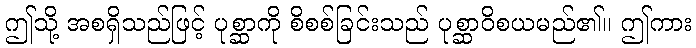
ဤသို့ အစရှိသည်ဖြင့် ပုစ္ဆာကို စိစစ်ခြင်းသည် ပုစ္ဆာဝိစယမည်၏။ ဤကား